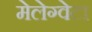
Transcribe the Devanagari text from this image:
मेलेग्वेटा